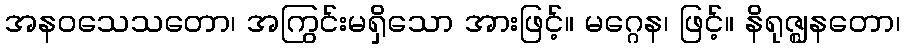
အနဝသေသတော၊ အကြွင်းမရှိသော အားဖြင့်။ မဂ္ဂေန၊ ဖြင့်။ နိရုဇ္ဈနတော၊